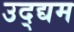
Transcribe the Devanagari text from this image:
उद्द्यम